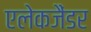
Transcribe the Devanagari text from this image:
एलेकजैंडर